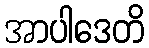
အာပါဒေတိ